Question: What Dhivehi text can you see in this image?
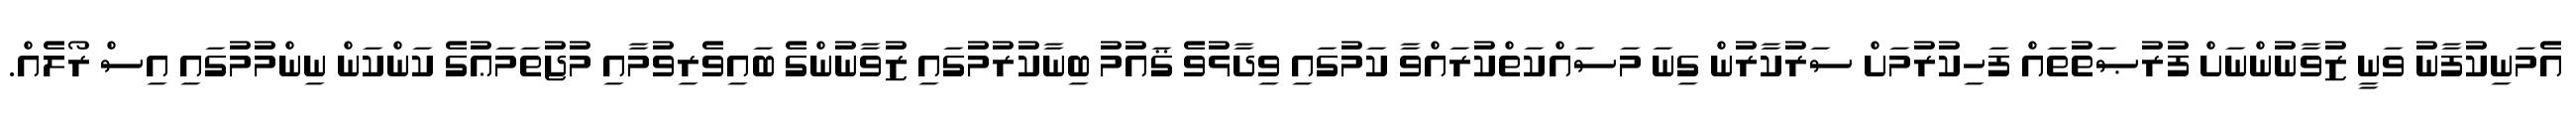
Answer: އެމަނިކުފާނު ވަނީ ޒުވާނުންނަށް ފުރުޞަތުތައް ފަހިކުރުމަށް ސަރުކާރުން ގިނަ މަސައްކަތްކުރައްވާ ކަމުގައި ވިދާޅުވެ ޤައުމު ބިނާކުރުމުގައި ޒުވާނުންގެ ބައިވެރިވުމާއި މުޖުތަމަޢުގެ ކަންކަން ނިންމުމުގައި އިސް ރޯލެއް.